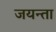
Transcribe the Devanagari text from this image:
जयन्ता